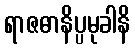
ရာဇဓာနိပ္ပမုခါနိ